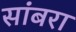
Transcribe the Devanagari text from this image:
सांबरा